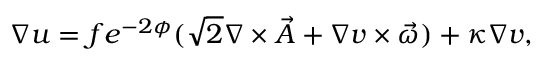
\nabla u = f e ^ { - 2 \phi } ( \sqrt { 2 } \nabla \times \vec { A } + \nabla v \times \vec { \omega } ) + \kappa \nabla v ,